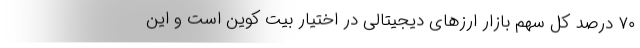
۷۰ درصد کل سهم بازار ارزهای دیجیتالی در اختیار بیت کوین است و این